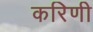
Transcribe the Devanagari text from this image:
करिणी